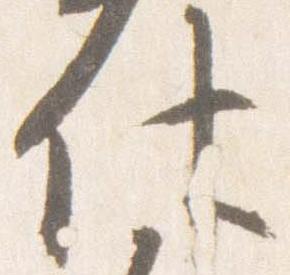
仕